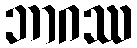
ဘာဂဿ